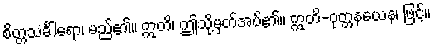
စိတ္တသင်္ခါရော၊ မည်၏။ ဣတိ၊ ဤသို့မှတ်အပ်၏။ ဣတိ-ဝုတ္တနယေန၊ ဖြင့်။